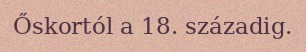
Őskortól a 18. századig.